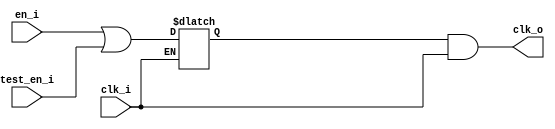
// This program was cloned from: https://github.com/NYU-MLDA/OpenABC
// License: BSD 3-Clause "New" or "Revised" License

module prim_clock_gating (
  input  clk_i,
  input  en_i,
  input  test_en_i,
  output clk_o
);

  reg en_latch;

  always @* begin
    if (!clk_i) begin
      en_latch = en_i | test_en_i;
    end
  end
  assign clk_o = en_latch & clk_i;

endmodule